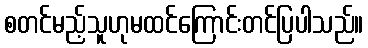
စတင်မည့်သူဟုမထင်ကြောင်းတင်ပြပါသည်။